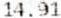
14.91